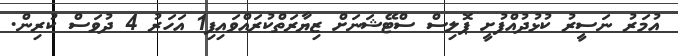
އުމަރު ނަސީރު ކުޅުދުއްފުށީ ޕޮލިސް ސްޓޭޝަނަށް ޒިޔާރަތްކުރައްވައިފި1 އަހަރު 4 ދުވަސް ކުރިން.